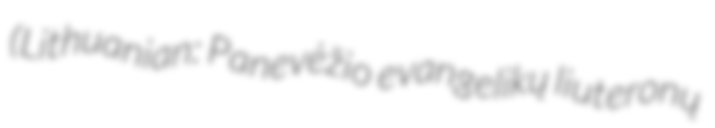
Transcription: (Lithuanian: Panevėžio evangelikų liuteronų